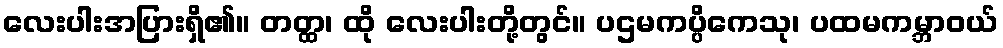
လေးပါးအပြားရှိ၏။ တတ္ထ၊ ထို လေးပါးတို့တွင်။ ပဌမကပ္ပိကေသု၊ ပထမကမ္ဘာဝယ်